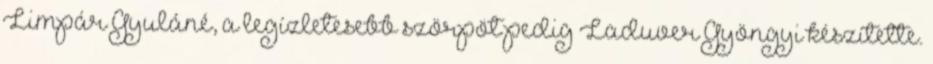
Limpár Gyuláné, a legízletesebb szörpöt pedig Laduver Gyöngyi készítette.